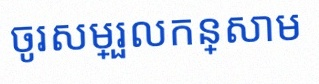
ចូរសម្រួលកន្សោម